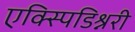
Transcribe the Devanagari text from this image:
एक्स्पिडिश्नरी